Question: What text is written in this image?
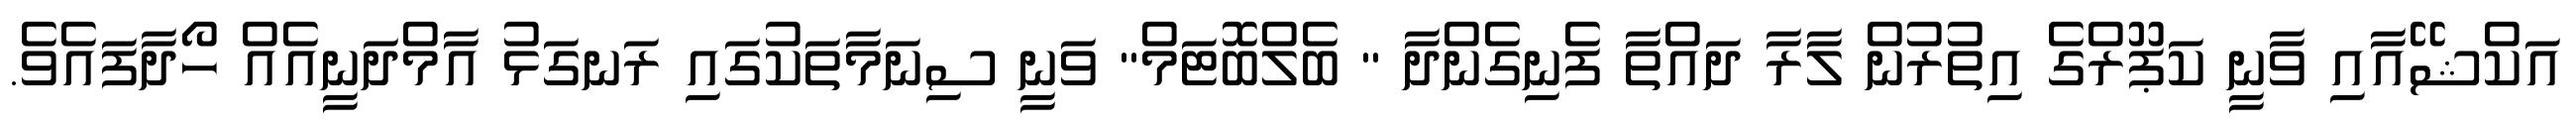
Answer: އަކްޝޭއާއި ވާނީ ކަޕޫރްގެ އިތުރުން ލާރާ ދައްތާ ފެނިގެންދާ " ބެލްބޮޓަމް" ވަނީ ސިނަމާތަކުގައި ރަނގަޅު އާމްދަނީއެއް ހޯދާފައެވެ.